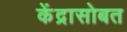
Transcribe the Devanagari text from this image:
केंद्रासोबत